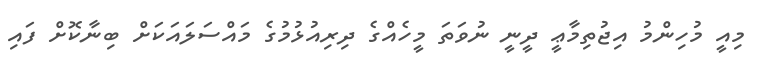
މިއީ މުހިންމު އިޖުތިމާޢީ ދީނީ ނުވަތަ މީހެއްގެ ދިރިއުޅުމުގެ މައްސަލައަކަށް ބިނާކޮށް ފައި